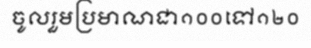
ចូលរួមប្រមាណជា១០០ទៅ១២០